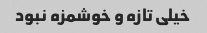
خیلی تازه و خوشمزه نبود